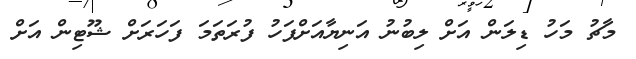
މާޗު މަހު ޑިލަން އަށް ލިބުނު އަނިޔާއަށްފަހު ފުރަތަމަ ފަހަރަށް ޝޫޓިން އަށް